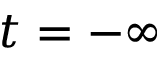
t = - \infty